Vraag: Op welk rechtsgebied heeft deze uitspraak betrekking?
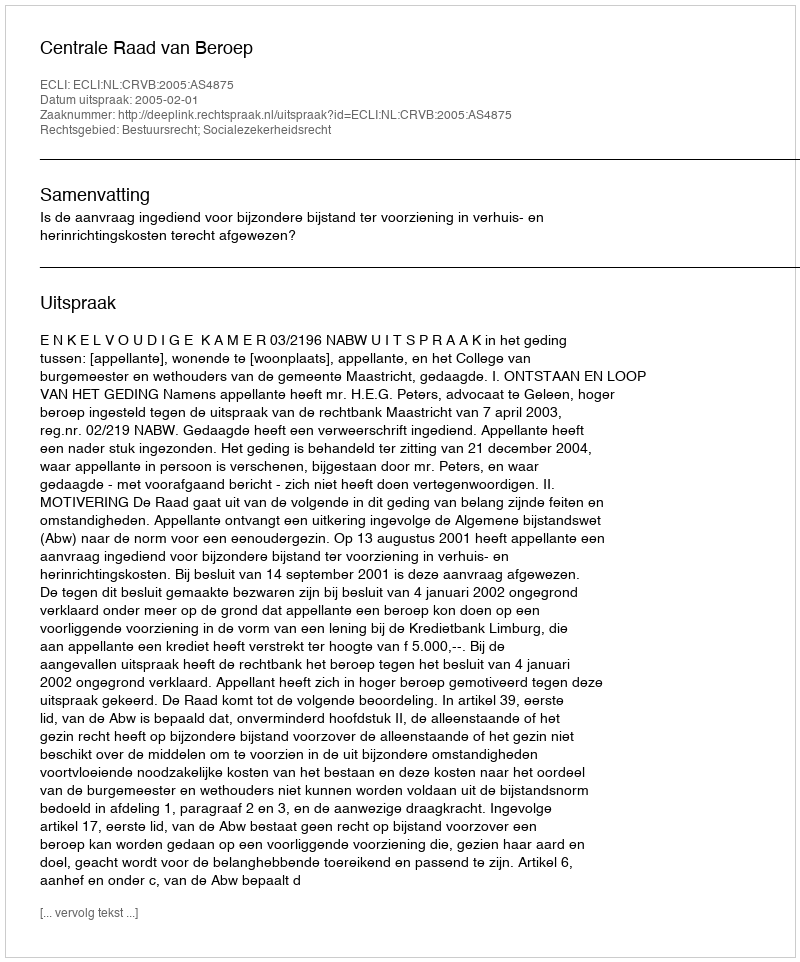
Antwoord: Bestuursrecht; Socialezekerheidsrecht